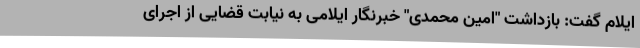
ایلام گفت: بازداشت "امین محمدی" خبرنگار ایلامی به نیابت قضایی از اجرای